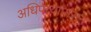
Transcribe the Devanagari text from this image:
अधिपत्यापासून